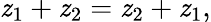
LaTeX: \mathit{z}_{1}+\mathit{z}_{2}=\mathit{z}_{2}+\mathit{z}_{1},